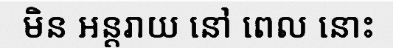
មិន អន្តរាយ នៅ ពេល នោះ